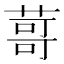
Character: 䔅